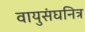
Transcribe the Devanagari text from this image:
वायुसंघनित्र